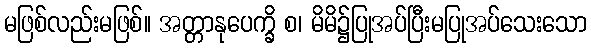
မဖြစ်လည်းမဖြစ်။ အတ္တာနုပေက္ခိ စ၊ မိမိ၌ပြုအပ်ပြီးမပြုအပ်သေးသော